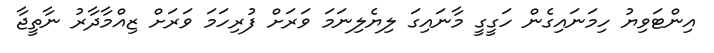
އިންޓަވިޔު ހިމަނައިގެން ހަގީގީ މާނައިގަ ލިޔެލިނަމަ ވަރަށް ފުރިހަމަ ވަރަށް ޒިއްމާދާރު ނާތީޖާ